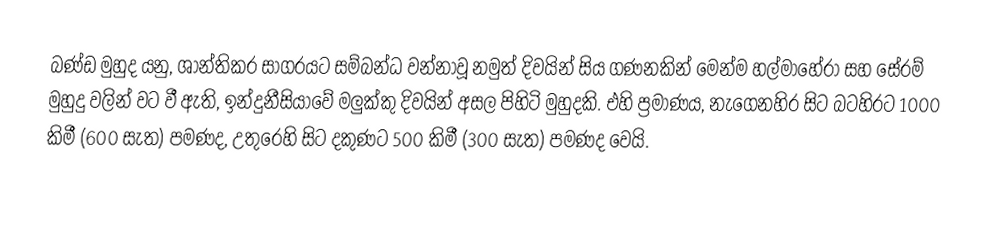
බණ්ඩ මුහුද යනු,  ශාන්තිකර සාගරයට සම්බන්ධ වන්නාවූ නමුත් දිවයින් සිය ගණනකින් මෙන්ම හල්මාහේරා සහ සේරම් මුහුදු වලින් වට වී ඇති,  ඉන්දුනීසියාවේ මලුක්කු දිවයින් අසල පිහිටි  මුහුදකි. එහි ප්‍රමාණය, නැගෙනහිර සිට බටහිරට 1000 කිමී (600 සැත) පමණද, උතුරෙහි සිට දකුණට 500 කිමී (300 සැත) පමණද වෙයි.